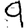
Digit: 9